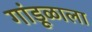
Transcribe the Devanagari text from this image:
गांडूळाला